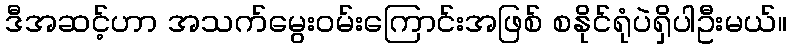
ဒီအဆင့်ဟာ အသက်မွေး၀မ်းကြောင်းအဖြစ် စနိုင်ရုံပဲရှိပါဦးမယ်။